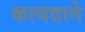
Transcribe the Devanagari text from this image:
कायदाने